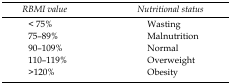
<table><thead><tr><td><b>RBMI value</b></td><td><b>Nutritional status</b></td></tr></thead><tbody><tr><td>&lt; 75%</td><td>Wasting</td></tr><tr><td>75–89%</td><td>Malnutrition</td></tr><tr><td>90–109%</td><td>Normal</td></tr><tr><td>110–119%</td><td>Overweight</td></tr><tr><td>&gt;120%</td><td>Obesity</td></tr></tbody></table>